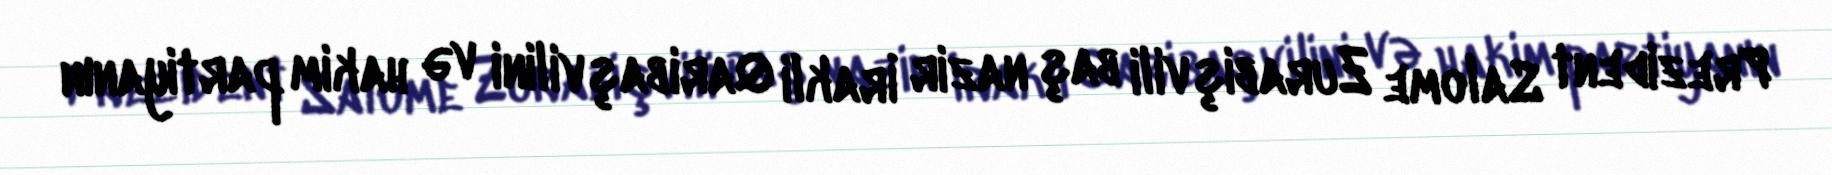
Prezident Salome Zurabişvili baş nazir İrakli Qaribaşvilini və hakim partiyanın